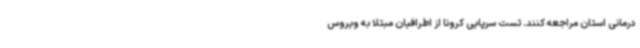
درمانی استان مراجعه کنند. تست سرپایی کرونا از اطرافیان مبتلا به ویروس